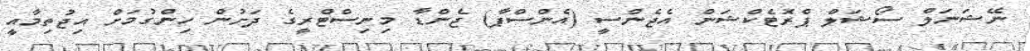
ނޭޝަނަލް ސޯޝަލް ޕްރޮޓެކްޝަން އެޖެންސީ (އެންސްޕާ) ޖެންޑާ މިނިސްޓްރީގެ ދަށުން ހިންގުމަށް އިޖުތިމާއީ